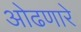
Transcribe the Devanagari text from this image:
ओढणारे